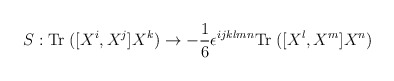
\begin{align*}S:{\rm Tr}\; ([X^i, X^j] X^k) \rightarrow-{1 \over 6} \epsilon^{ijklmn} {\rm Tr}\; ([X^l, X^m] X^n)\end{align*}